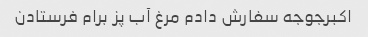
اکبرجوجه سفارش دادم مرغ آب پز برام فرستادن